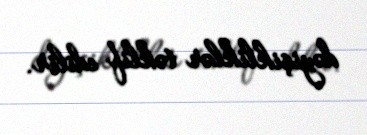
dəyişikliklər təklif edilir.